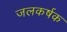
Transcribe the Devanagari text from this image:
जलकर्षक